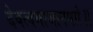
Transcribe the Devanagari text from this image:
देवत्वमाजानमग्रे॥